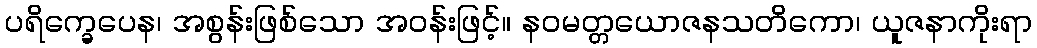
ပရိက္ခေပေန၊ အစွန်းဖြစ်သော အဝန်းဖြင့်။ နဝမတ္တယောဇနသတိကော၊ ယူဇနာကိုးရာ